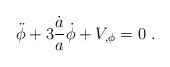
LaTeX: \begin{align*}\ddot \phi + 3 { \dot a \over a} \dot \phi + V_{,\phi}=0 \ .\end{align*}